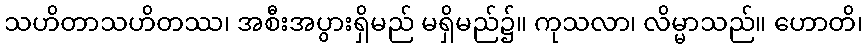
သဟိတာသဟိတဿ၊ အစီးအပွားရှိမည် မရှိမည်၌။ ကုသလာ၊ လိမ္မာသည်။ ဟောတိ၊